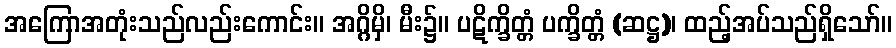
အကြောအတုံးသည်လည်းကောင်း။ အဂ္ဂိမှိ၊ မီး၌။ ပဋိက္ခိတ္တံ ပက္ခိတ္တံ (ဆဋ္ဌ)၊ ထည့်အပ်သည်ရှိသော်။